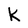
Character: k